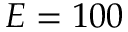
E = 1 0 0